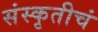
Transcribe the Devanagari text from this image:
संस्कृतीचं